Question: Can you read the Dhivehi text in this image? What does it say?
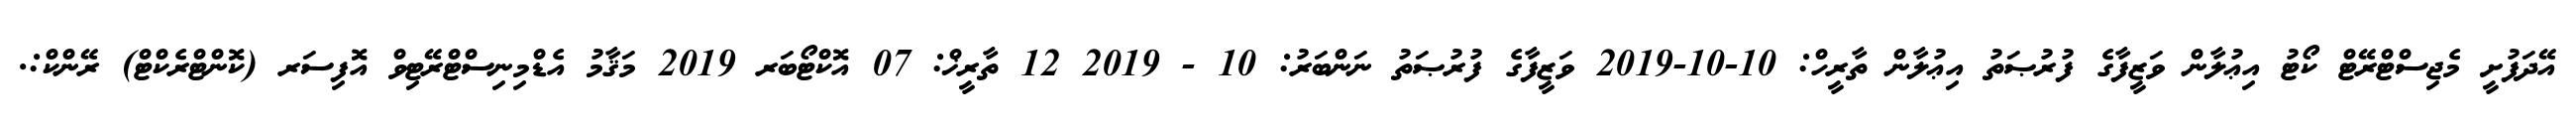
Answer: އޭދަފުށީ މެޖިސްޓްރޭޓް ކޯޓު އިޢުލާން ވަޒީފާގެ ފުރުޞަތު އިޢުލާން ތާރީހް: 10-10-2019 ވަޒީފާގެ ފުރުޞަތު ނަންބަރު: 10 - 2019 12 ތާރީޚް: 07 އޮކްޓޯބަރ 2019 މަޤާމު އެޑްމިނިސްޓްރޭޓިވް އޮފިސަރ (ކޮންޓްރެކްޓް) ރޭންކް:.